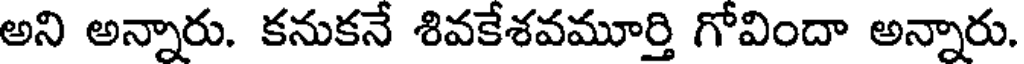
అని అన్నారు. కనుకనే శివకేశవమూర్తి గోవిందా అన్నారు.